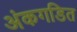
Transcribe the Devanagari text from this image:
अंकगडित